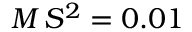
M \, S ^ { 2 } = 0 . 0 1